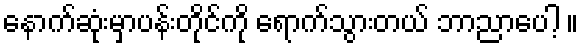
နောက်ဆုံးမှာပန်းတိုင်ကို ရောက်သွားတယ် ဘာညာပေါ့ ။